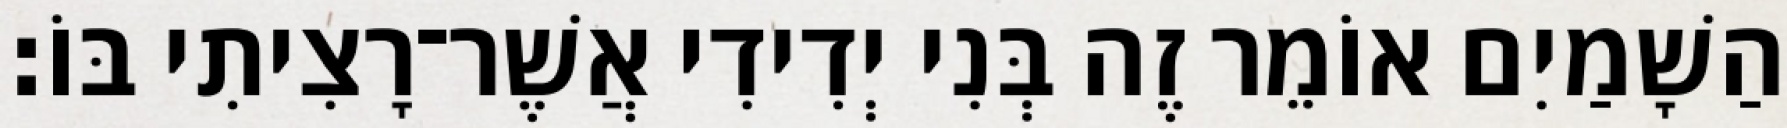
הַשָׁמַיִם אוֹמֵר זֶה בְּנִי יְדִידִי אֲשֶׁר־רָצִיתִי בּוֹ׃